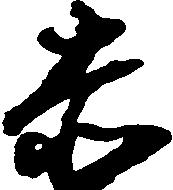
赤